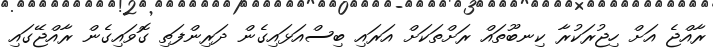
ރާއްޖެ އަށް ހިޖުރަކުރާ ކިނބޫތައް ރަށްތަކަށް އަރައި ބިސްއަޅައިގެން ދަރިންފަތި ގޮވައިގެން ރާއްޖޭގައި